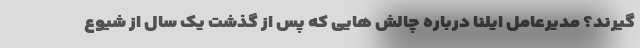
گیرند؟ مدیرعامل ایلنا درباره چالش هایی که پس از گذشت یک سال از شیوع